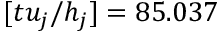
[ t u _ { j } / h _ { j } ] = 8 5 . 0 3 7